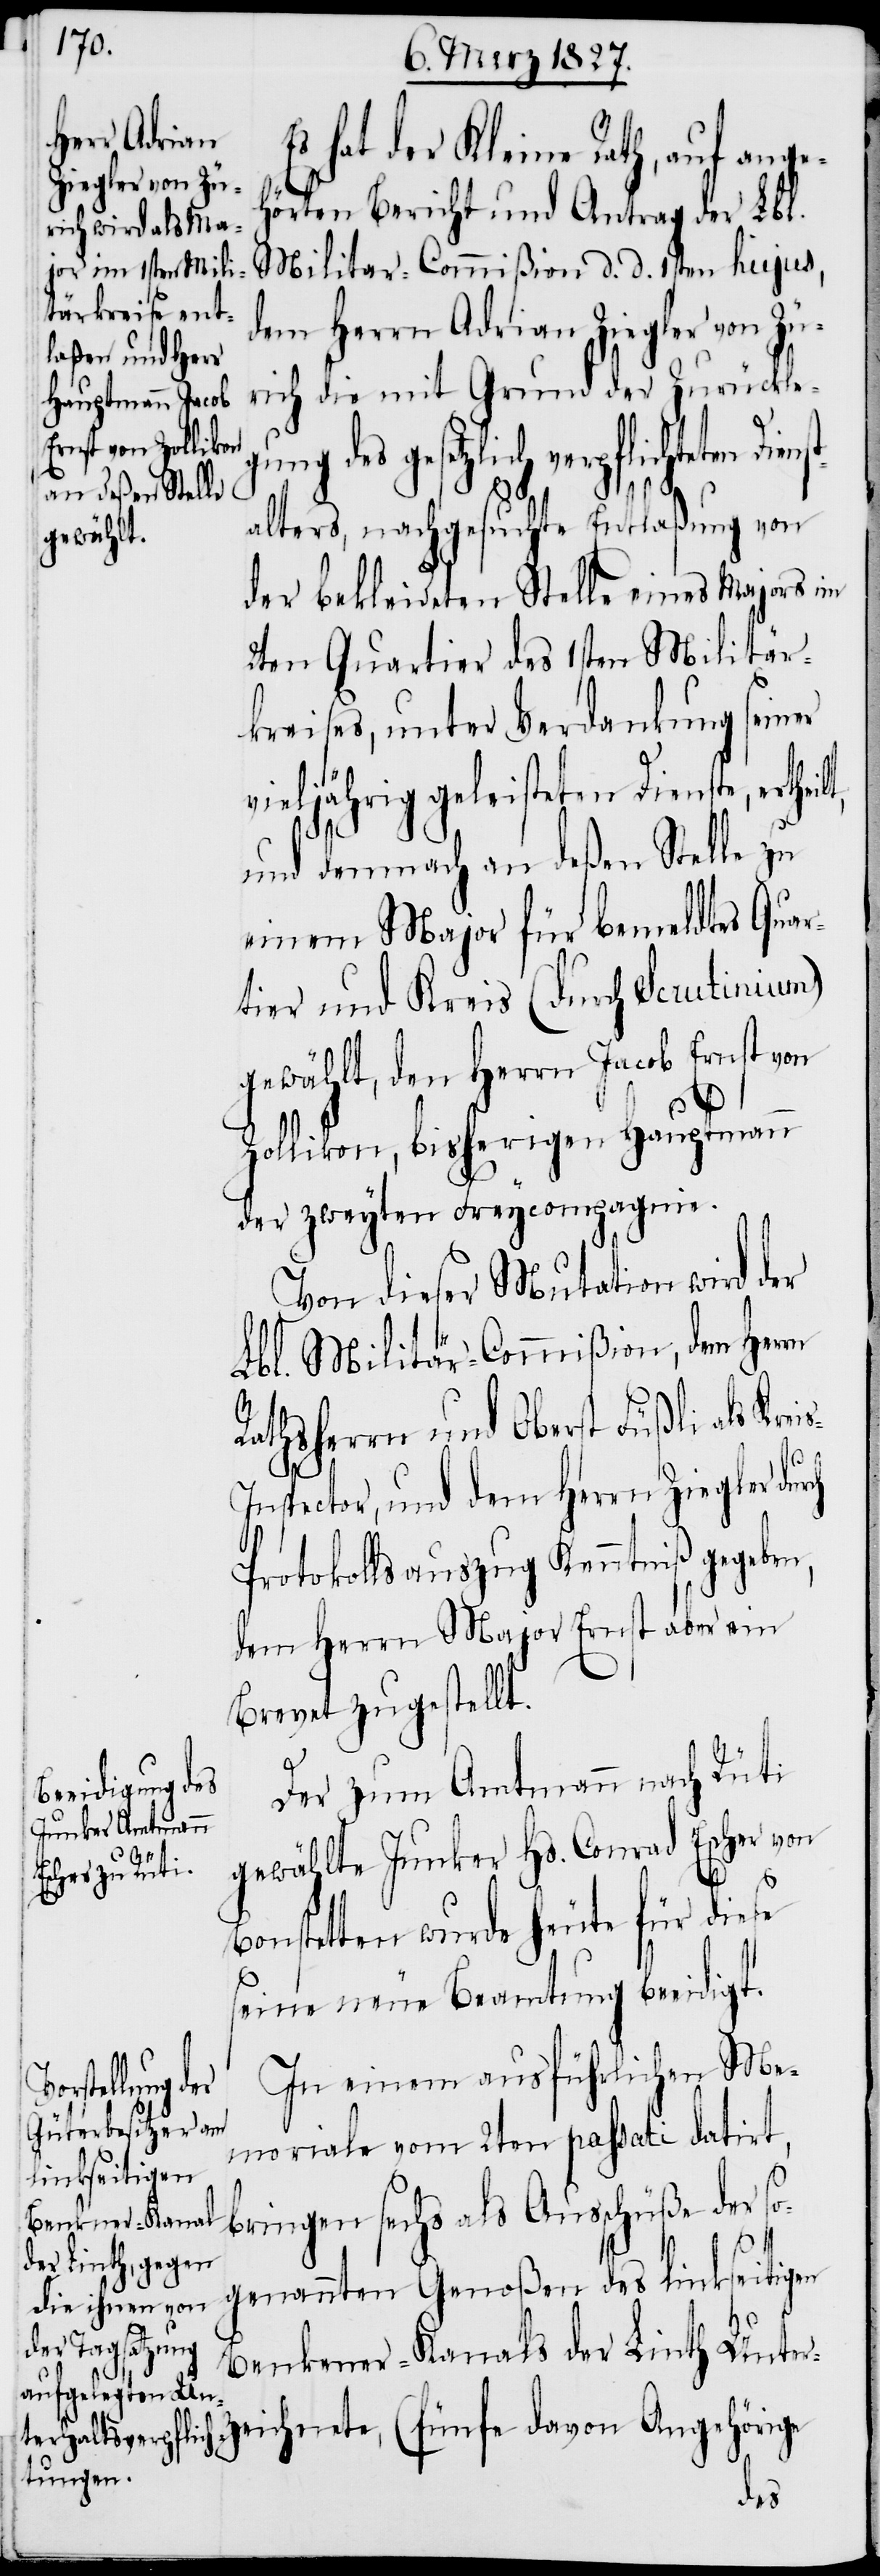
Es hat der Kleine Rath, auf angeh¬
örten Bericht und Antrag der Lbl.
Militar-Commißion d. d. 1sten hujus,
dem Herrn Adrian Ziegler von Zü¬
rich die mit Grund der Zurückle¬
gesetzlich verpflichteten
alters, nachgesuchte Entlaßung von
der bekleideten Stelle eines Majors im
2ten Quartier des 1sten Militär¬
kreises, unter Verdankung seiner
vieljährig geleisteten Dienste, erthei¬
und demnach an deßen Stelle zu
einem Major für bemeldtes Quar¬
tier und Kreis (durch Scrutinium)
gewählt, den Herrn Jacob Ernst von
Bons¬
Zollikon, bisherigen Hauptmann
der zweyten Freycompagnie.
Von dieser Mutation wird der
Lbl. Militar-Commißion, dem Herrn
Rathsherrn und Oberst Füßli als Krei¬
o¬
s-Inspector, und dem Herrn Ziegler durch
Protokollsauszug Kenntniß gegeben,
dem Herrn Major Ernst aber ein
Brevet zugestellt.
Der zum Amtmann nach Rüti
gewählte Junker Hs. Conrad Escher von
tetten wurde heute für diese
seine neue Beamtung beeidigt.
In einem ausführlichen Me¬
moriale vom 2ten passati datirt,
bringen sechs als Ausschüße der s¬
genannten Genoßen des linkseitigen
lt,
Benkener-Kanals der Linth Unt¬
erzeichnete, (fünfe davon Angehörige
des